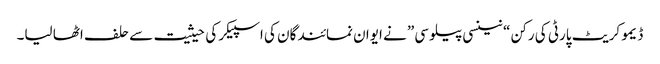
ڈیمو کریٹ پارٹی کی رکن “نینسی پیلوسی” نے ایوان نمائندگان کی اسپیکر کی حیثیت سے حلف اٹھا لیا۔